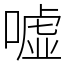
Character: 嘘